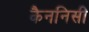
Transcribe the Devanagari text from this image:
कैननिसी